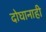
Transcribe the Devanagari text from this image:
दोघानाही